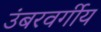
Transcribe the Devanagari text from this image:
उंबरवर्गीय